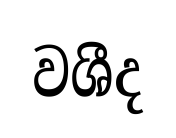
වශීද